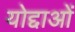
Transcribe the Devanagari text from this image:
योद्दाओं